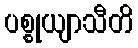
ပစ္စုယျာသီတိ